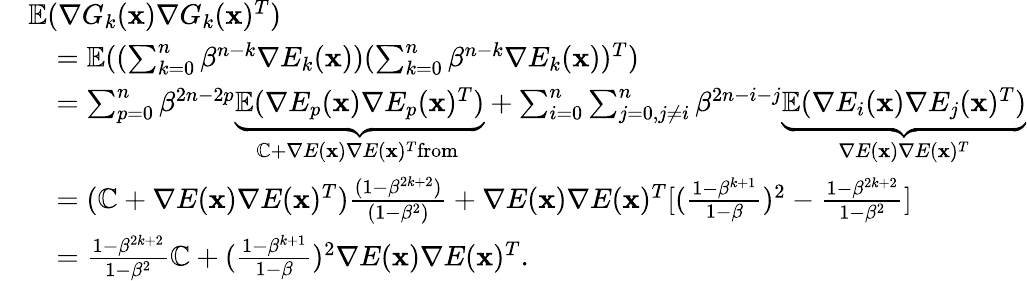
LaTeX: \begin{array}{rl}&{{\mathbb{E}}(\nabla G_{k}(\mathbf{x})\nabla G_{k}(\mathbf{x})^{T})}\\ &{\quad={\mathbb{E}}((\sum_{k=0}^{n}\beta^{n-k}\nabla E_{k}(\mathbf{x}))(\sum_{k=0}^{n}\beta^{n-k}\nabla E_{k}(\mathbf{x}))^{T})}\\ &{\quad=\sum_{p=0}^{n}\beta^{2n-2p}\underbrace{{\mathbb{E}}(\nabla E_{p}(\mathbf{x})\nabla E_{p}(\mathbf{x})^{T})}_{{\mathbb{C}}+\nabla E(\mathbf{x})\nabla E(\mathbf{x})^{T}\mathrm{from~}}+\sum_{i=0}^{n}\sum_{j=0,j\neq i}^{n}\beta^{2n-i-j}\underbrace{{\mathbb{E}}(\nabla E_{i}(\mathbf{x})\nabla E_{j}(\mathbf{x})^{T})}_{\nabla E(\mathbf{x})\nabla E(\mathbf{x})^{T}}}\\ &{\quad=({\mathbb{C}}+\nabla E(\mathbf{x})\nabla E(\mathbf{x})^{T})\frac{(1-\beta^{2k+2})}{(1-\beta^{2})}+\nabla E(\mathbf{x})\nabla E(\mathbf{x})^{T}[(\frac{1-\beta^{k+1}}{1-\beta})^{2}-\frac{1-\beta^{2k+2}}{1-\beta^{2}}]}\\ &{\quad=\frac{1-\beta^{2k+2}}{1-\beta^{2}}{\mathbb{C}}+(\frac{1-\beta^{k+1}}{1-\beta})^{2}\nabla E(\mathbf{x})\nabla E(\mathbf{x})^{T}.}\end{array}